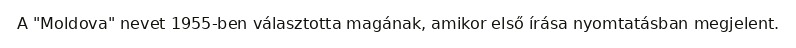
A "Moldova" nevet 1955-ben választotta magának, amikor első írása nyomtatásban megjelent.